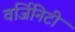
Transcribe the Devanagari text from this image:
वर्जिनिटी